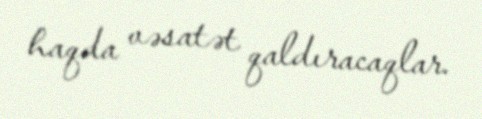
haqda vəsatət qaldıracaqlar.